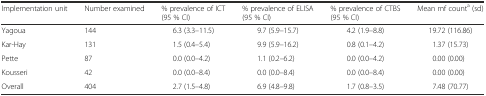
| Implementation unit | Number examined | % prevalence of ICT (95 % CI) | % prevalence of ELISA (95 % CI) | % prevalence of CTBS (95 % CI) | Mean mf counta (sd) |
 | --- | --- | --- | --- | --- | --- |
 | Yagoua | 144 | 6.3 (3.3–11.5) | 9.7 (5.9–15.7) | 4.2 (1.9–8.8) | 19.72 (116.86) |
 | Kar-Hay | 131 | 1.5 (0.4–5.4) | 9.9 (5.9–16.2) | 0.8 (0.1–4.2) | 1.37 (15.73) |
 | Pette | 87 | 0.0 (0.0–4.2) | 1.1 (0.2–6.2) | 0.0 (0.0–4.2) | 0.00 (0.00) |
 | Kousseri | 42 | 0.0 (0.0–8.4) | 0.0 (0.0–8.4) | 0.0 (0.0–8.4) | 0.00 (0.00) |
 | Overall | 404 | 2.7 (1.5–4.8) | 6.9 (4.8–9.8) | 1.7 (0.8–3.5) | 7.48 (70.77) |